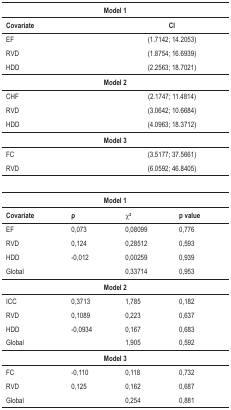
<table><thead><tr><td colspan="4"><b>Model 1</b></td></tr><tr><td><b>Covariate</b></td><td><b> </b></td><td><b> </b></td><td><b>CI</b></td></tr></thead><tbody><tr><td>EF</td><td> </td><td> </td><td>(1.7142; 14.2053)</td></tr><tr><td>RVD</td><td> </td><td> </td><td>(1.8754; 16.6939)</td></tr><tr><td>HDD</td><td> </td><td> </td><td>(2.2563; 18.7021)</td></tr><tr><td colspan="4"><b>Model 2</b></td></tr><tr><td>CHF</td><td> </td><td> </td><td>(2.1747; 11.4814)</td></tr><tr><td>RVD</td><td> </td><td> </td><td>(3.0642; 10.6684)</td></tr><tr><td>HDD</td><td> </td><td> </td><td>(4.0963; 18.3712)</td></tr><tr><td colspan="4"><b>Model 3</b></td></tr><tr><td>FC</td><td> </td><td> </td><td>(3.5177; 37.5661)</td></tr><tr><td>RVD</td><td> </td><td> </td><td>(6.0592; 46.8405)</td></tr><tr><td colspan="4"><b>Model 1</b></td></tr><tr><td><b>Covariate</b></td><td><b>ρ</b></td><td>χ<sup>2</sup></td><td><b>p value</b></td></tr><tr><td>EF</td><td>0,073</td><td>0,08099</td><td>0,776</td></tr><tr><td>RVD</td><td>0,124</td><td>0,28512</td><td>0,593</td></tr><tr><td>HDD</td><td>-0,012</td><td>0,00259</td><td>0,939</td></tr><tr><td>Global</td><td> </td><td>0,33714</td><td>0,953</td></tr><tr><td colspan="4"><b>Model 2</b></td></tr><tr><td>ICC</td><td>0,3713</td><td>1,785</td><td>0,182</td></tr><tr><td>RVD</td><td>0,1089</td><td>0,223</td><td>0,637</td></tr><tr><td>HDD</td><td>-0,0934</td><td>0,167</td><td>0,683</td></tr><tr><td>Global</td><td> </td><td>1,905</td><td>0,592</td></tr><tr><td colspan="4"><b>Model 3</b></td></tr><tr><td>FC</td><td>-0,110</td><td>0,118</td><td>0,732</td></tr><tr><td>RVD</td><td>0,125</td><td>0,162</td><td>0,687</td></tr><tr><td>Global</td><td> </td><td>0,254</td><td>0,881</td></tr></tbody></table>